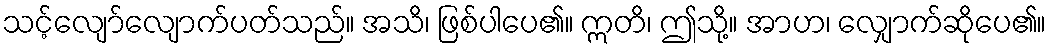
သင့်လျော်လျောက်ပတ်သည်။ အသိ၊ ဖြစ်ပါပေ၏။ ဣတိ၊ ဤသို့။ အာဟ၊ လျှောက်ဆိုပေ၏။